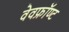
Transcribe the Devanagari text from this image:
वेवफ्रॉण्ट